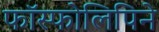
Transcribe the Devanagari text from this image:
फॉस्फोलिपिने